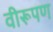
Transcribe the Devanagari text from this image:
वीरूपण